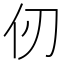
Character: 仞